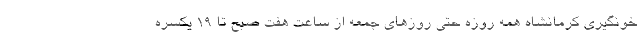
خونگیری کرمانشاه همه روزه حتی روزهای جمعه از ساعت هفت صبح تا ۱۹ یکسره